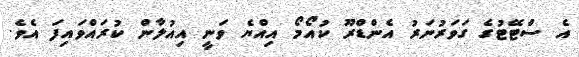
އެ ސްޓޭޓުގެ ގަވަރުނަރު އެންޑްރޫ ކުއޯމޯ އިއްޔެ ވަނީ އިއުލާން ކުރައްވައިފަ އެވެ.